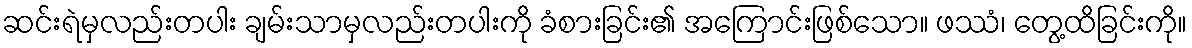
ဆင်းရဲမှလည်းတပါး ချမ်းသာမှလည်းတပါးကို ခံစားခြင်း၏ အကြောင်းဖြစ်သော။ ဖဿံ၊ တွေ့ထိခြင်းကို။